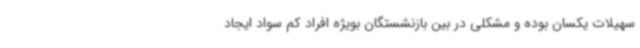
سهیلات یکسان بوده و مشکلی در بین بازنشستگان بویژه افراد کم سواد ایجاد